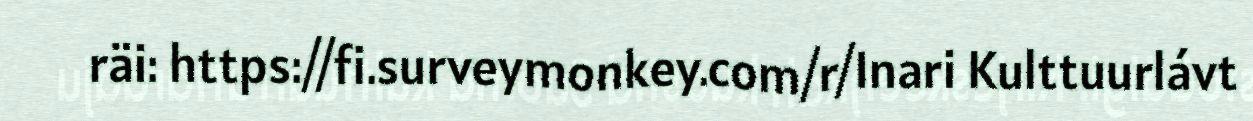
räi: https://fi.surveymonkey.com/r/Inari Kulttuurlávt